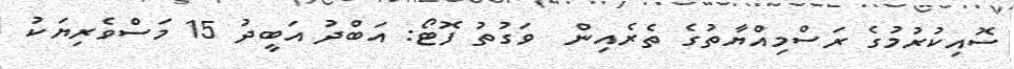
ސޮއިކުރުމުގެ ރަސްމިއްޔާތުގެ ތެރެއިން  ވަގުތު ފޮޓޯ: އަބްދު އަބީދު 15 މަސްވެރިޔަކު